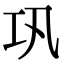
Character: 巩